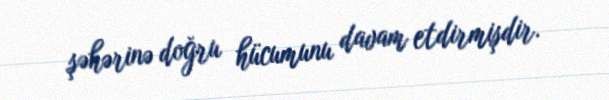
şəhərinə doğru hücumunu davam etdirmişdir.